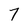
Character: 7